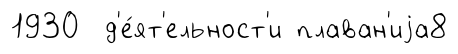
1930 д'е́ят'ельност'и плаван'иjа8